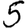
Digit: 5